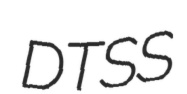
DTSS